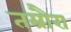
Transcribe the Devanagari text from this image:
तम्रौरा